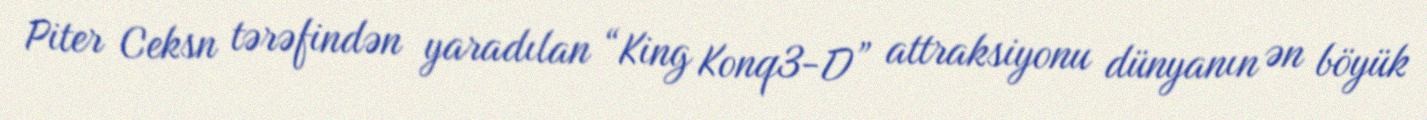
Piter Ceksn tərəfindən yaradılan “King Konq3-D” attraksiyonu dünyanın ən böyük